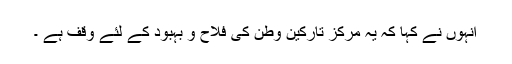
انہوں نے کہا کہ یہ مرکز تارکین وطن کی فلاح و بہبود کے لئے وقف ہے ۔